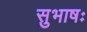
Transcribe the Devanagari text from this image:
सुभाषः